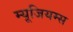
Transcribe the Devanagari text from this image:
म्यूजियम्स